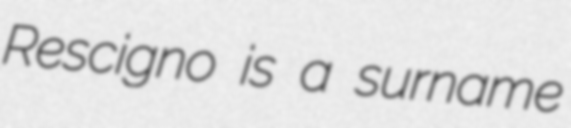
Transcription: Rescigno is a surname